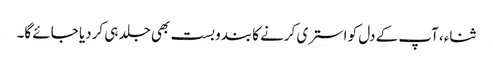
ثناء، آپ کے دل کو استری کرنے کا بندوبست بھی جلد ہی کردیا جائے گا۔